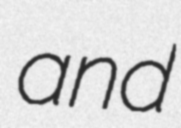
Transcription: and